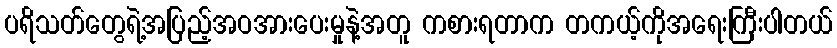
ပရိသတ်တွေရဲ့အပြည့်အဝအားပေးမှုနဲ့အတူ ကစားရတာက တကယ့်ကိုအရေးကြီးပါတယ်